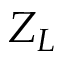
Z _ { L }